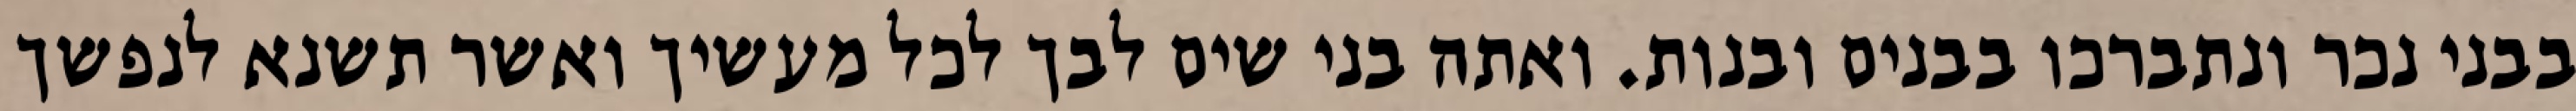
בבני נכר ונתברכו בבנים ובנות. ואתה בני שים לבך לכל מעשיך ואשר תשנא לנפשך